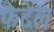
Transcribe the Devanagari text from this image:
फैदेल